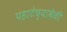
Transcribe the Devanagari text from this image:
पहाटेच्यावेळी